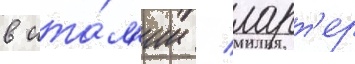
в ита́л'ии / ларт'ер